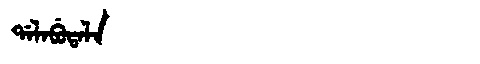
Manchu: ᡩᠠᠯᠠᠪᡠᡨᠠᠯᠠ
Romanization: DALABUTALA